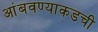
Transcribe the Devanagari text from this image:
आंबवण्याकडची